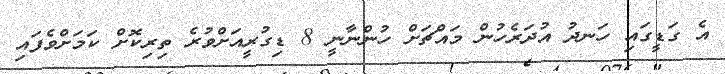
އެ ގަޑީގައި ހަނދު އުދަރެހުން މައްޗަށް ހުންނާނީ 8 ޑިގުރީއަށްވުރެ ތިރިކޮށް ކަމަށްވެފައި